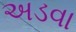
અડવા